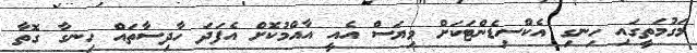
މަގުމަތީގައި ހިނގި އެކްސިޑެންޓަކަށް ވިޔަސް އެއީ އާއްމުކޮށް އެފަދަ ހާދިސާތައް ހިނގާ ގޮތާ